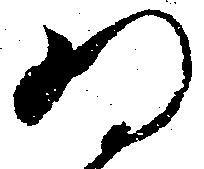
為